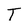
Character: T